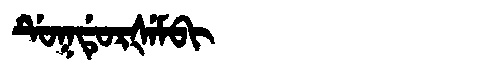
Manchu: ᡩᡠᡴᡩᡠᡵᡧᡝᠮᠪᡳ
Romanization: DUKDURŠEMBI